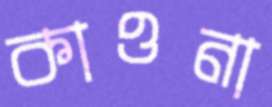
কাওনা